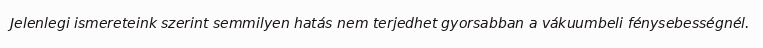
Jelenlegi ismereteink szerint semmilyen hatás nem terjedhet gyorsabban a vákuumbeli fénysebességnél.